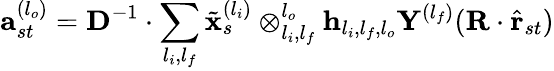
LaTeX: \mathbf{a}_{st}^{(l_{o})}=\mathbf{D}^{-1}\cdot\sum_{l_{i},l_{f}}\tilde{\mathbf{x}}_{s}^{(l_{i})}\otimes_{l_{i},l_{f}}^{l_{o}}\mathbf{h}_{l_{i},l_{f},l_{o}}\mathbf{Y}^{(l_{f})}(\mathbf{R}\cdot\hat{\mathbf{r}}_{st})